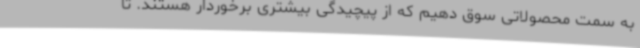
به سمت محصولاتی سوق دهیم که از پیچیدگی بیشتری برخوردار هستند. تا